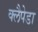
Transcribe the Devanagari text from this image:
क्लैपेडा